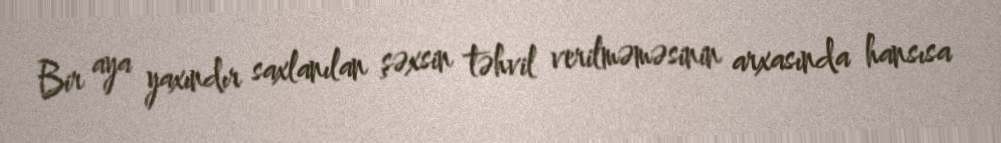
Bir aya yaxındır saxlanılan şəxsin təhvil verilməməsinin arxasında hansısa